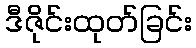
ဒီဇိုင်းထုတ်ခြင်း